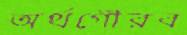
অর্থগৌরব